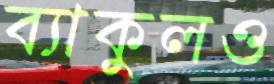
ব্যাকুলও